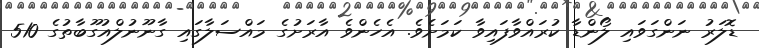
ޑޮލަރު ނަންގަވައި ލޯންޑާ ކުރައްވާފައިވާ ކަމަށެވެ. އެހެންވެ އާރަށުގެ މައްސަލާގައި ގާނޫނުލްއުގޫބާތުގެ 510